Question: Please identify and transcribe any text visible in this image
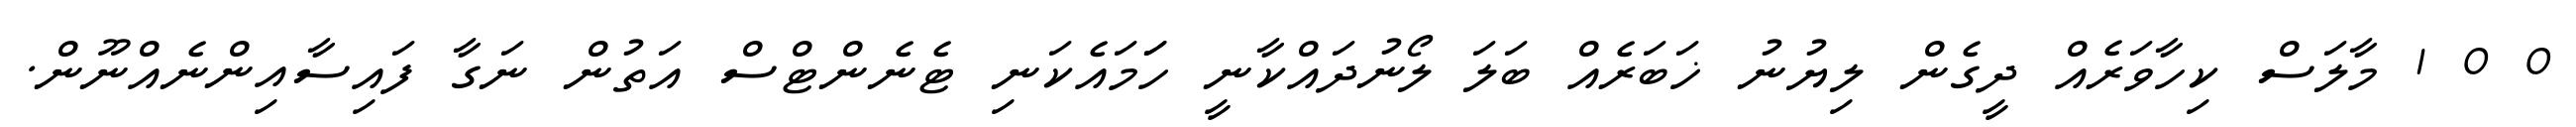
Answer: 0 0 1 މާލަސް ކިހާވަރެއް ދީގެން ލިޔުނު ޚަބަރެއް ބަލަ ލޯނުދައްކާނީ ހަަމައެކަނި ޓެނެންޓްސް އަތުން ނަގާ ފައިސާއިންނެއްނޫން.